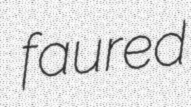
faured